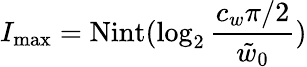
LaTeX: I_{\mathrm{max}}=\mathrm{Nint}(\log_{2}\frac{c_{w}\pi/2}{\tilde{w}_{0}})